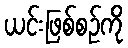
ယင်းဖြစ်စဉ်ကို